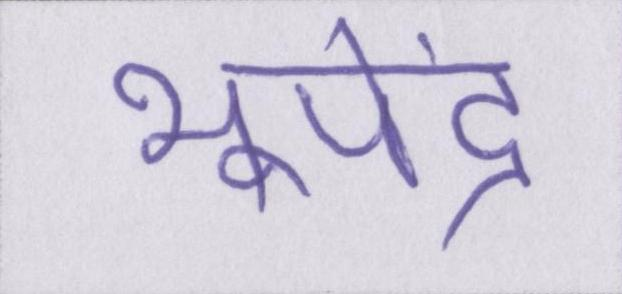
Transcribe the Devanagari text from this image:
भूपेंद्र